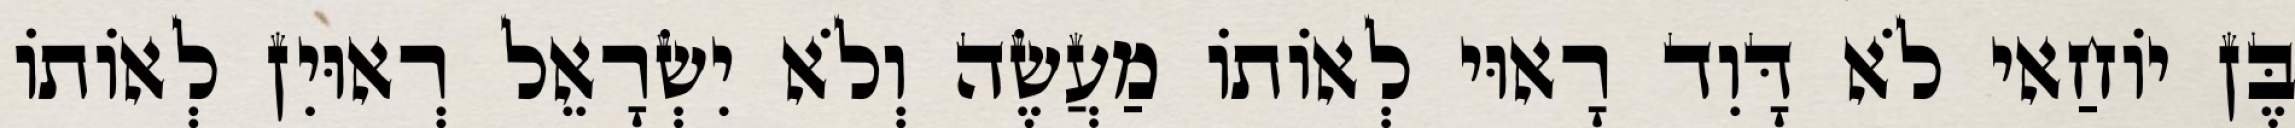
בֶּן יוֹחַאי לֹא דָּוִד רָאוּי לְאוֹתוֹ מַעֲשֶׂה וְלֹא יִשְׂרָאֵל רְאוּיִן לְאוֹתוֹ